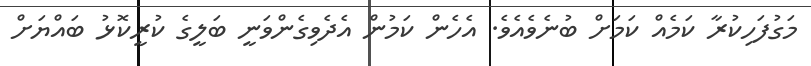
މަގުފަހިކުރާ ކަމެއް ކަމަށް ބުނެވެއެވެ. އެހެން ކަމުން އެދެވިގެންވަނީ ބަލީގެ ކުރީކޮޅު ބައްޔަށް